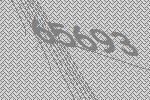
65693